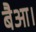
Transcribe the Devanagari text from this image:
बैआ।